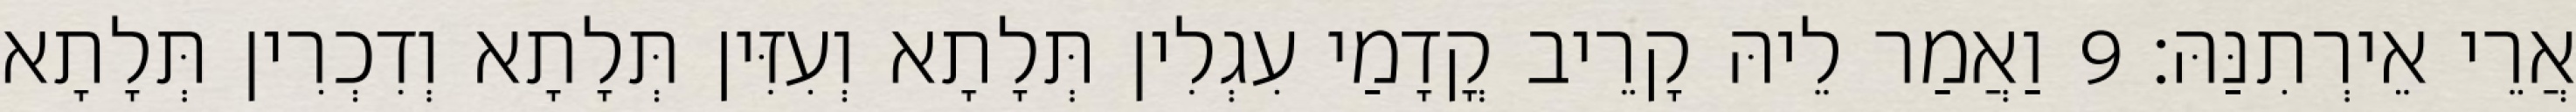
אֲרֵי אֵירְתִנַּהּ׃ 9 וַאֲמַר לֵיהּ קָרֵיב קֳדָמַי עִגְלִין תְּלָתָא וְעִזִּין תְּלָתָא וְדִכְרִין תְּלָתָא